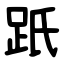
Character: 䟗